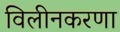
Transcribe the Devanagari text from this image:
विलीनकरणा